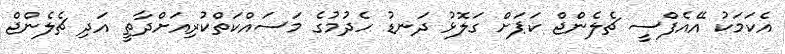
އެކަމަކު އޭއެފްސީ ޗެލެންޖް ކަޕަށް ގަލޮޅު ދަނޑު ހެދުމުގެ މަސައްކަތްކުރިއަށްދާތީ އަދި ޗެލެންޖް